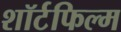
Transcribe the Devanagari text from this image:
शॉर्टफिल्म